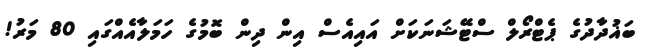
ބަޣުދާދުގެ ޕެޓްރޯލް ސްޓޭޝަނަކަށް އައިއެސް އިން ދިން ބޮމުގެ ހަަމަލާއެއްގައި 80 މަރު!